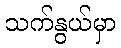
သက်နွယ်မှာ